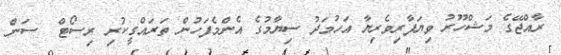
ރާއްޖޭގެ މަޝްހޫރު ވިޔަފާރިވެރިޔާ އަހުމަދު ސިޔާމުގެ އެންމެފަހުން ތަރައްގީކުރި ރިސޯޓް  ސަން